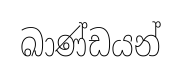
ඛාණ්ඩයන්